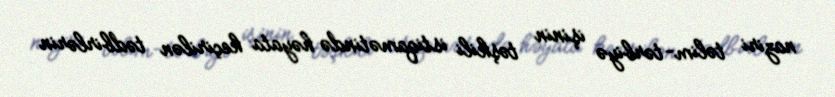
naziri təlim-tərbiyə işinin təşkili istiqamətində həyata keçirilən tədbirlərin